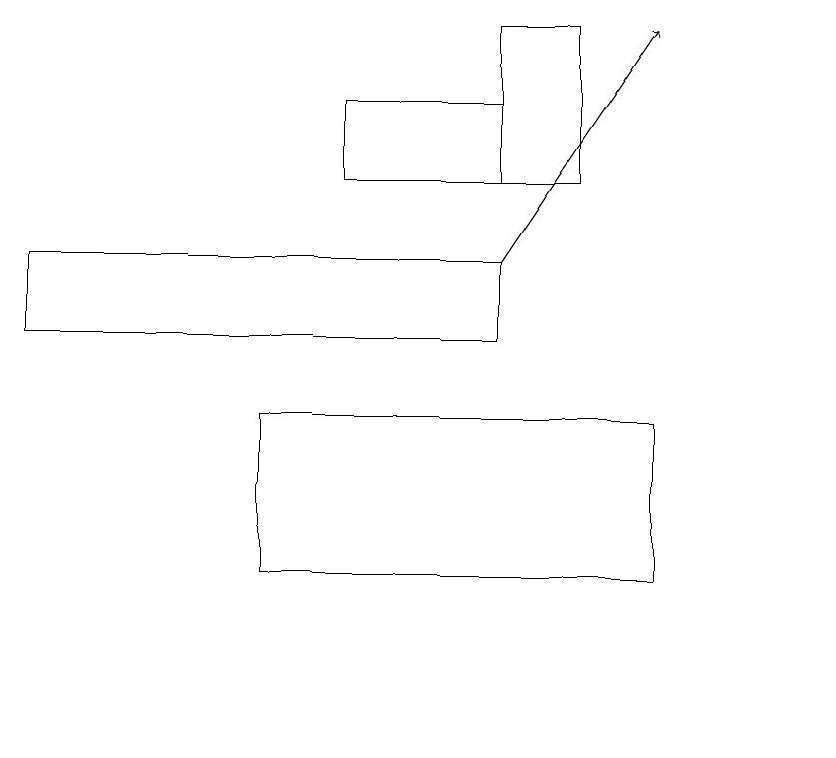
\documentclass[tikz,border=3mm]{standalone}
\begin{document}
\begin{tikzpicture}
\draw (10,10) circle (0);
\draw[->] (6,16) -- (8,19);
\draw (0,15) rectangle (6,16);
\draw (3,14) rectangle (8,12);
\draw (6,17) rectangle (7,19);
\draw (6,18) rectangle (4,17);
\draw (10,11) circle (0);
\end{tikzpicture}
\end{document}